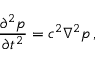
{ \frac { \partial ^ { 2 } p } { \partial t ^ { 2 } } } = c ^ { 2 } \nabla ^ { 2 } p \, ,